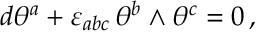
d \theta ^ { a } + \varepsilon _ { a b c } \, \theta ^ { b } \wedge \theta ^ { c } = 0 \, ,